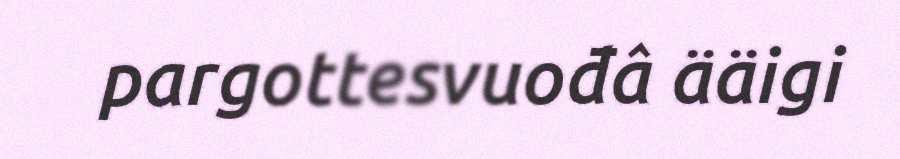
pargottesvuođâ ääigi